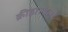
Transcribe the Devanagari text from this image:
क्रीड़ास्थलों